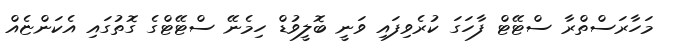
މަހާރަސްތްރާ ސްޓޭޓް ފާހަގަ ކުރެވިފައި ވަނީ ބޮލީވުޑް ހިމެނޭ ސްޓޭޓްގެ ގޮތުގައި އެކަންޏެއް